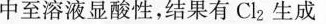
中至溶液显酸性，结果有Cl_{2} 生成